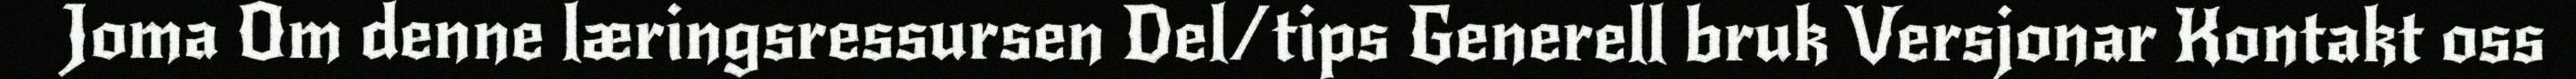
Joma Om denne læringsressursen Del/tips Generell bruk Versjonar Kontakt oss